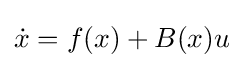
{\dot {x}}=f(x)+B(x)u